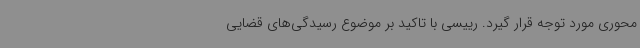
محوری مورد توجه قرار گیرد. رییسی با تاکید بر موضوع رسیدگی‌های قضایی